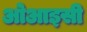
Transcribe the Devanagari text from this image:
ओआइसी